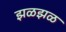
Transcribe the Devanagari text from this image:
झळझळ